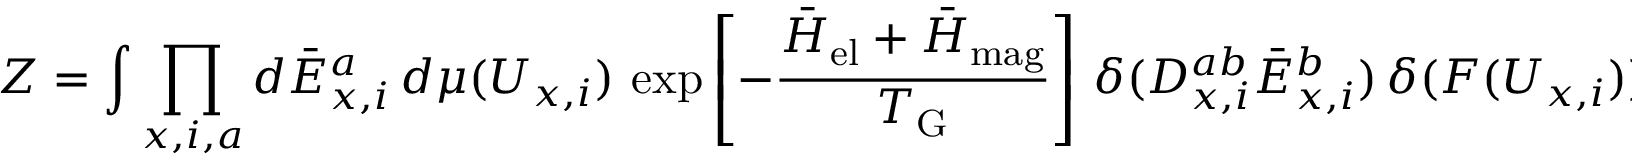
Z = \int \prod _ { x , i , a } d \bar { E } _ { x , i } ^ { a } \, d \mu ( U _ { x , i } ) \, \exp \left[ - { \frac { \bar { H } _ { \mathrm { e l } } + \bar { H } _ { \mathrm { m a g } } } { T _ { \mathrm { G } } } } \right] \, \delta ( D _ { x , i } ^ { a b } \bar { E } _ { x , i } ^ { b } ) \, \delta ( F ( U _ { x , i } ) ) \, ,